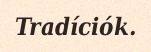
Tradíciók.